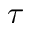
\tau